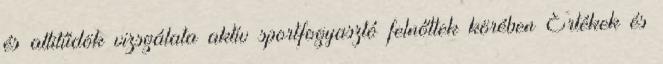
és attitűdök vizsgálata aktív sportfogyasztó felnőttek körében Értékek és